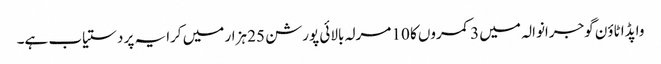
واپڈا ٹاؤن گوجرانوالہ میں 3 کمروں کا 10 مرلہ بالائی پورشن 25 ہزار میں کرایہ پر دستیاب ہے۔